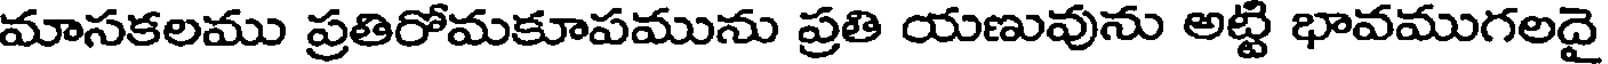
మాసకలము ప్రతిరోమకూపమును ప్రతి యణువును అట్టి భావముగలదై